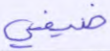
ضيفي